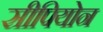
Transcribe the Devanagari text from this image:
सीपियोन